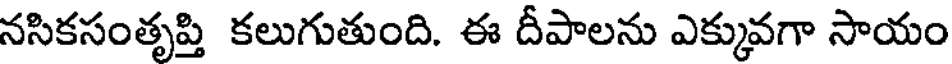
నసికసంతృప్తి కలుగుతుంది. ఈ దీపాలను ఎక్కువగా సాయం